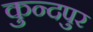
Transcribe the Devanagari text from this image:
कुन्दपुर